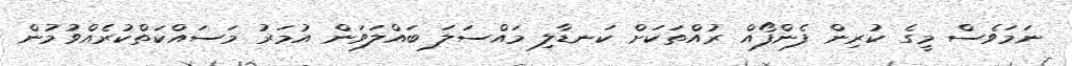
ނަމަވެސް މީގެ ކުރިން ފެންފޯއް ރުއްތަކަށް ކަނޑާލި މައްސަލަ ބައްލަވަން އުމަރު މަސައްކަތްކުރެއްވުމުން